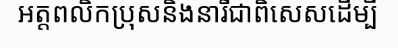
អត្តពលិកប្រុសនិងនារីជាពិសេសដើម្បី